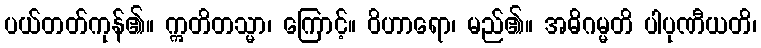
ပယ်တတ်ကုန်၏။ ဣတိတသ္မာ၊ ကြောင့်။ ဝိဟာရော၊ မည်၏။ အဓိဂမ္မတိ ပါပုဏီယတိ၊